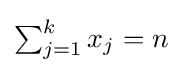
{\textstyle \sum _{j=1}^{k}x_{j}=n}